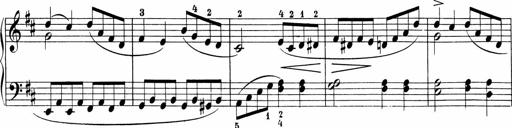
Title: 5 Sonatinen fÃ¼r die Jugend
Composer: Carl Reinecke